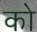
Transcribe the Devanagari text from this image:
को